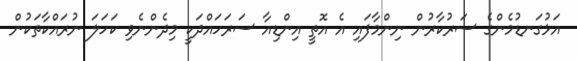
އަޅުގަނޑުމެންގެ ސަރުކާރުން ނިންމާފައި އެ އޮތީ އިންޑިއާ ސަރަހައްދަކީ މިދެންނެވި ކަހަލަ ނުރައްކާތަކުން